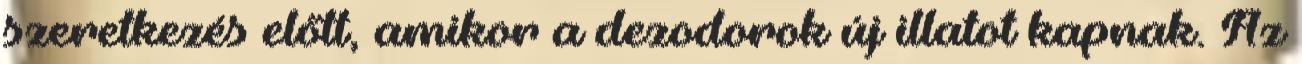
szeretkezés előtt, amikor a dezodorok új illatot kapnak. Az